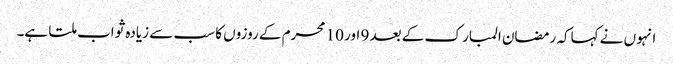
انہو ں نے کہاکہ رمضان المبار ک کے بعد 9 اور 10 محرم کے روزوں کا سب سے زیادہ ثواب ملتا ہے۔